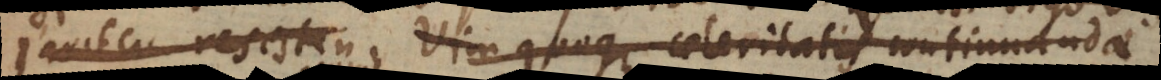
pariter resisten Vim quoque celeritatis continuandae